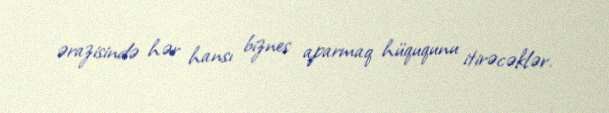
ərazisində hər hansı biznes aparmaq hüququnu itirəcəklər.